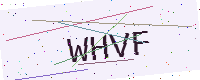
Text: WHVF